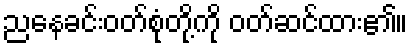
ညနေခင်းဝတ်စုံတို့ကို ဝတ်ဆင်ထား၏။